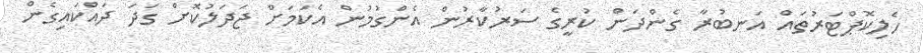
ހެލިކޮޕްޓަރުތައް އަނބުރާ ގެންދަން ކުރީގެ ސަރުކާރުން އެންގުމުން އެކަމަށް ޖަދަލުކޮށް ގަދަ ދައްކައިގެން